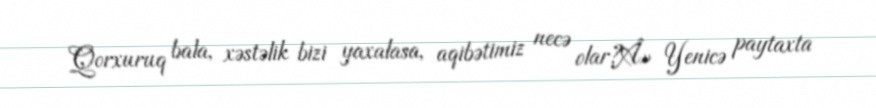
Qorxuruq bala, xəstəlik bizi yaxalasa, aqibətimiz necə olar?Â» Yenicə paytaxta